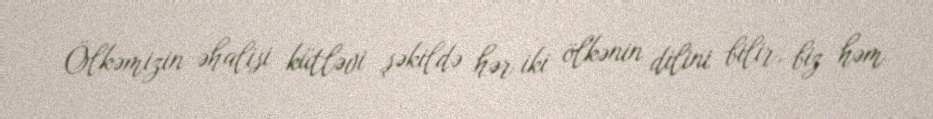
Ölkəmizin əhalisi kütləvi şəkildə hər iki ölkənin dilini bilir, biz həm